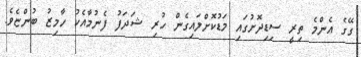
ގޭގެ އެންމެ ތިރީ ސިޑިދޮށުގައި މަޑުކޮށްލައިގެން ހުރި ޝަދަފު ފެނުމާއެކު ހާމިޒު ބުންޏެވެ.